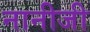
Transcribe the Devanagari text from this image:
नानीजी